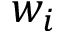
w _ { i }